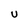
Character: U